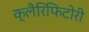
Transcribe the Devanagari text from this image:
क्लैरिफिटोरी